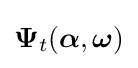
{\boldsymbol {\Psi }}_{t}({\boldsymbol {\alpha }},{\boldsymbol {\omega }})